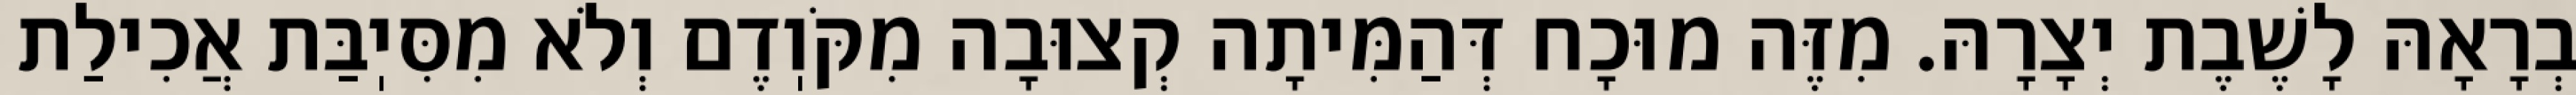
בְרָאָהּ לָשֶׁבֶת יְצָרָהּ. מִזֶּה מוּכָח דְּהַמִּיתָה קְצוּבָה מִקֹּוֽדֶם וְלֹא מִסִּיֽבַּת אֲכִילַת